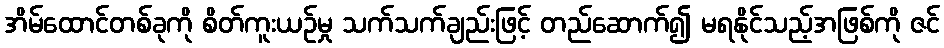
အိမ်ထောင်တစ်ခုကို စိတ်ကူးယဉ်မှု သက်သက်ချည်းဖြင့် တည်ဆောက်၍ မရနိုင်သည့်အဖြစ်ကို ဇင်